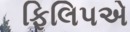
ફિલિપએ